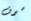
سوف